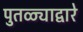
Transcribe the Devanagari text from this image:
पुतळ्याद्वारे